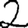
Digit: 2